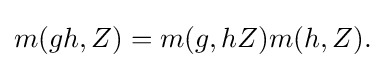
{m(gh,Z)=m(g,hZ)m(h,Z).}